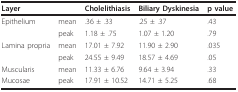
<table><thead><tr><td><b>Layer</b></td><td></td><td><b>Cholelithiasis</b></td><td><b>Biliary Dyskinesia</b></td><td><b>p value</b></td></tr></thead><tbody><tr><td>Epithelium</td><td>mean</td><td>.36 ± .33</td><td>.25 ± .37</td><td>.43</td></tr><tr><td></td><td>peak</td><td>1.18 ± .75</td><td>1.07 ± 1.20</td><td>.79</td></tr><tr><td>Lamina propria</td><td>mean</td><td>17.01 ± 7.92</td><td>11.90 ± 2.90</td><td>.035</td></tr><tr><td></td><td>peak</td><td>24.55 ± 9.49</td><td>18.57 ± 4.69</td><td>.05</td></tr><tr><td>Muscularis</td><td>mean</td><td>11.33 ± 6.76</td><td>9.64 ± 3.94</td><td>.33</td></tr><tr><td>Mucosae</td><td>peak</td><td>17.91 ± 10.52</td><td>14.71 ± 5.25</td><td>.68</td></tr></tbody></table>